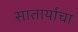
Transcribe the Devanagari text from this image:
सातार्याचा